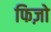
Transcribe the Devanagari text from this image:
फिज़ो